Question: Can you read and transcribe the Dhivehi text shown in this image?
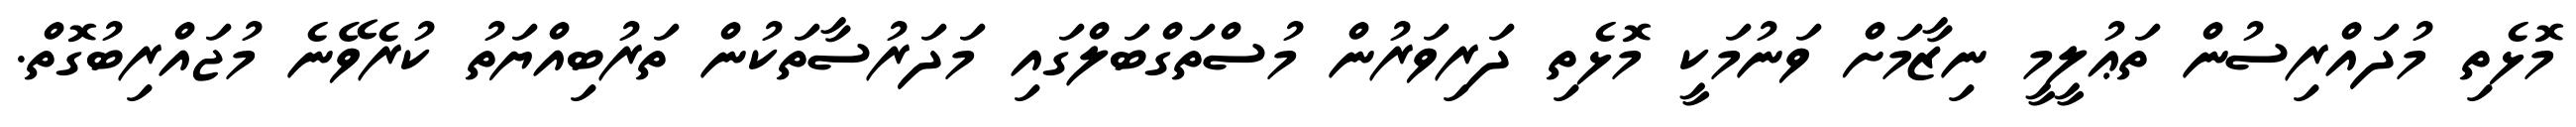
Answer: މޮޅެތި މުދައްރިސުން ތަޢުލީމީ ނިޒާމަށް ވަނުމަކީ މޮޅެތި ދަރިވަރުން މުސްތަގްބަލްގައި މަދަރުސާތަކުން ތަރުބިއްޔަތު ކުރެވޭނެ މުޖައްރިބުގޮތް.